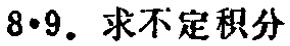
8·9. 求不定积分